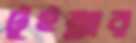
টুইন্ন্যার